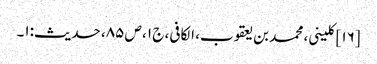
[۱۶] کلینی، محمد بن یعقوب، الکافی، ج ۱، ص ۸۵، حدیث:۱۔